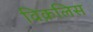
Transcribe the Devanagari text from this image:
विक़लिस